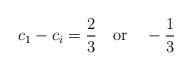
LaTeX: \begin{align*}c_1-c_i=\frac{2}{3} \quad {\rm or} \quad -\frac{1}{3}\end{align*}